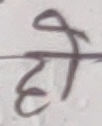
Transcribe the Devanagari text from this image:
हो